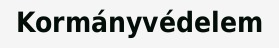
Kormányvédelem